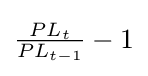
{\tfrac {PL_{t}}{PL_{t-1}}}-1